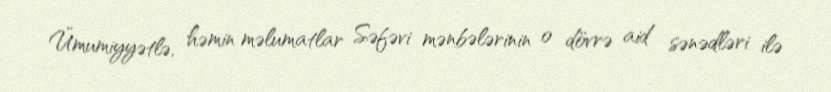
Ümumiyyətlə, həmin məlumatlar Səfəvi mənbələrinin o dövrə aid sənədləri ilə